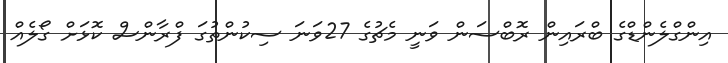
އިންގްލެންޑްގެ ބްރައިން ރޮބްސަން ވަނީ މެޗުގެ 27ވަނަ ސިކުންތުގަ ފްރާންސް ކޮޅަށް ގޯލެއް